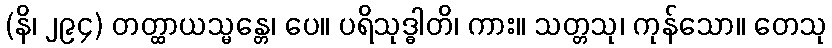
(နိ၊ ၂၉၄) တတ္ထာယသ္မန္တေ၊ ပေ။ ပရိသုဒ္ဓါတိ၊ ကား။ သတ္တသု၊ ကုန်သော။ တေသု